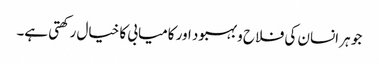
جو ہر انسان کی فلاح و بہبود اور کامیابی کا خیال رکھتی ہے۔